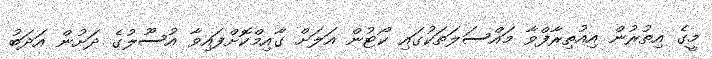
މީގެ އިތުރުން އިއުތިރާފްވާ މައްސަލަތަކުގައި ކޯޓުން އަލަށް ގާއިމްކޮށްފައިވާ އުސޫލުގެ ދަށުން އަދަބު